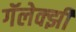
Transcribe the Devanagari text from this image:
गॅलेक्झी